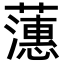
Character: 𬟉